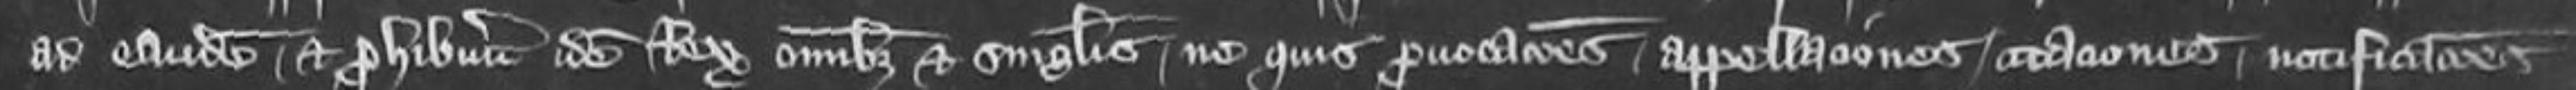
ad eandem et prohibuerit idem Rex omnibus et singulis ne quis provocationes appellaciones citationes notificationes